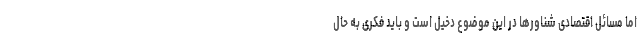
اما مسائل اقتصادی شناورها در این موضوع دخیل است و باید فکری به حال